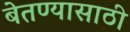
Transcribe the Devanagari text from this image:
बेतण्यासाठी